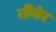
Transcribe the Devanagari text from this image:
तीबेर